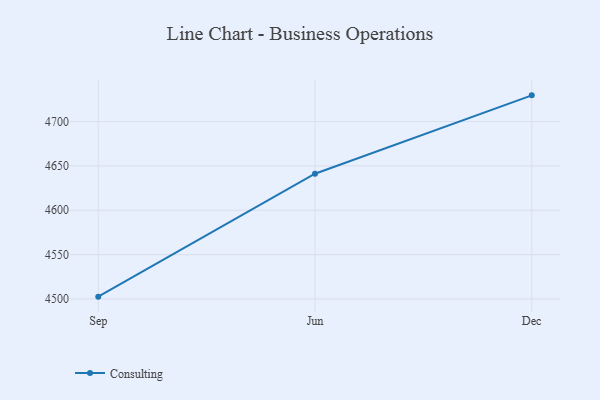
{"axis": {"x": "Month", "y": "Bounce Rate (%)"}, "legend": ["Consulting"], "data": [{"x": "Sep", "y": 4502.6, "type": "Consulting"}, {"x": "Jun", "y": 4641.2, "type": "Consulting"}, {"x": "Dec", "y": 4729.5, "type": "Consulting"}]}